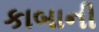
કાબાની